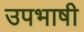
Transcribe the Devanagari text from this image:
उपभाषी